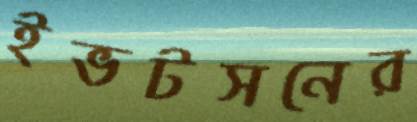
ইভটসনের